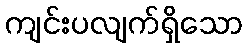
ကျင်းပလျက်ရှိသော